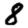
Digit: 8